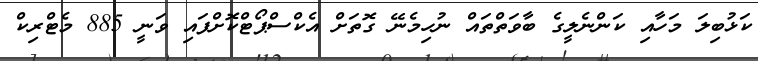
ކަޅުބިލަ މަހާއި ކަންނެލީގެ ބާވަތްތައް ނުހިމެނޭ ގޮތަށް އެކްސްޕޯޓްކޮށްފައި ވަނީ 885 މެޓްރިކް